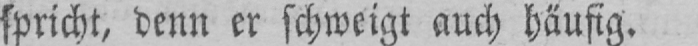
spricht, denn er schweigt auch häufig.